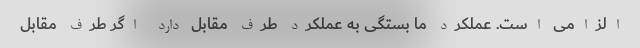
الزامی است. عملکرد ما بستگی به عملکرد طرف مقابل دارد اگر طرف مقابل